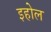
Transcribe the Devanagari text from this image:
इहोल